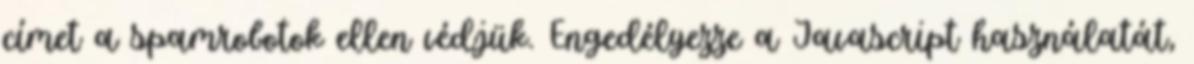
címet a spamrobotok ellen védjük. Engedélyezze a Javascript használatát,